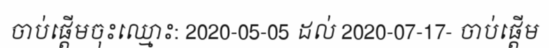
ចាប់ផ្តើមចុះឈ្មោះ: 2020-05-05 ដល់ 2020-07-17- ចាប់ផ្តើម